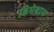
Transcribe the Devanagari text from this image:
डिमेबाग